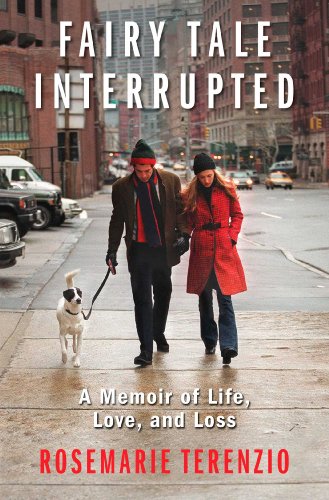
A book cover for Fairy Tale Interrupted: A Memoir of Life, Love, and Loss; RoseMarie Terenzio; Biographies & Memoirs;